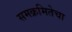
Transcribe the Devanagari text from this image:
समक्रमितेचा